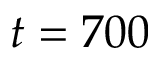
t = 7 0 0